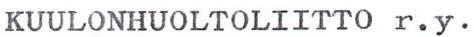
KUULONHUOLTOLIITTO r.y.